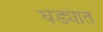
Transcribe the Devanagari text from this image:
घड्यात